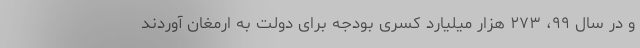
و در سال ۹۹، ۲۷۳ هزار میلیارد کسری بودجه برای دولت به ارمغان آوردند